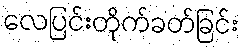
လေပြင်းတိုက်ခတ်ခြင်း